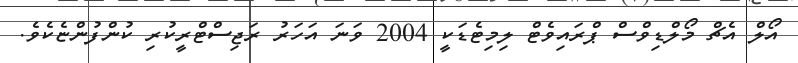
އޯލް އެޗް މޯލްޑިވްސް ޕްރައިވެޓް ލިމިޓެޑަކީ 2004 ވަނަ އަހަރު ރަޖިސްޓްރީކުރި ކުންފުންޏެކެވެ.